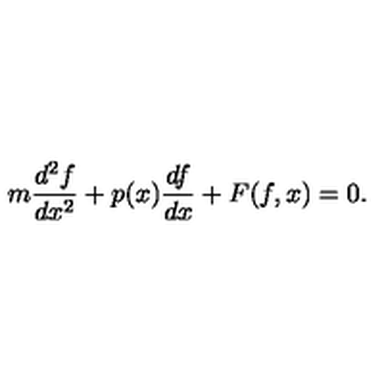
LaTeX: m \frac { d ^ { 2 } f } { d x ^ { 2 } } + p ( x ) \frac { d f } { d x } + F ( f , x ) = 0 .